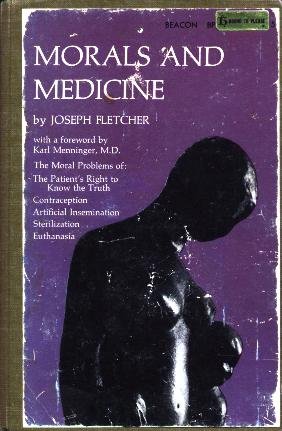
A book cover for Morals and Medicine; Joseph Fletcher; Medical Books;